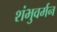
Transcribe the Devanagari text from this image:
शंभुवर्मन